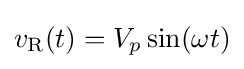
v_{\text{R}}(t)=V_{p}\sin(\omega t)